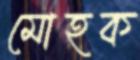
মোহক